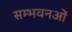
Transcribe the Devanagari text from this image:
सम्भवनओं